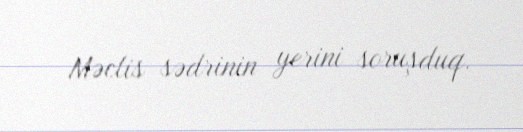
Məclis sədrinin yerini soruşduq.